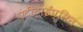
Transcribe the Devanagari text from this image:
एंटीट्राईप्सिन